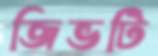
জিভটি